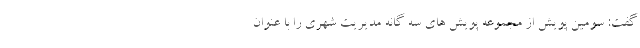
گفت: سومین پویش از مجموعه پویش های سه گانه مدیریت شهری را با عنوان